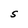
Character: S